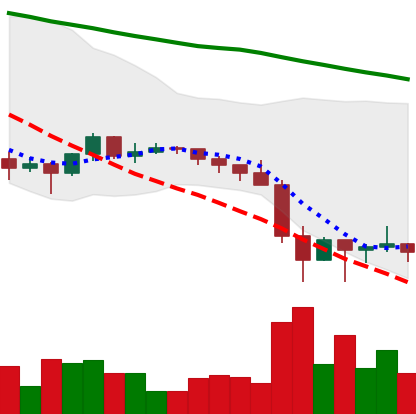
Ticker: XRP-USD
Chart end date: 2022-01-27
Forward return: 3.361%
Label: up_3_5